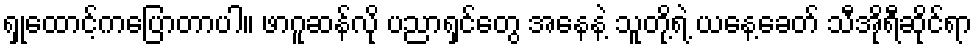
ရှုထောင့်ကပြောတာပါ။ ဖာဂူဆန်လို ပညာရှင်တွေ အနေနဲ့ သူတို့ရဲ့ ယနေ့ခေတ် သီအိုရီဆိုင်ရာ